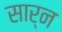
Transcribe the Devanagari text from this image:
सार्न